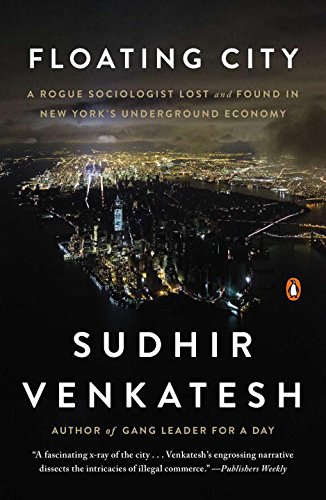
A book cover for Floating City: A Rogue Sociologist Lost and Found in New York's Underground Economy; Sudhir Venkatesh; Biographies & Memoirs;